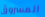
المسروق